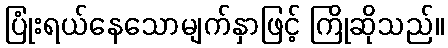
ပြုံးရယ်နေသောမျက်နှာဖြင့် ကြိုဆိုသည်။